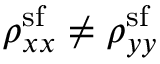
\rho _ { x x } ^ { \mathrm { s f } } \neq \rho _ { y y } ^ { \mathrm { s f } }